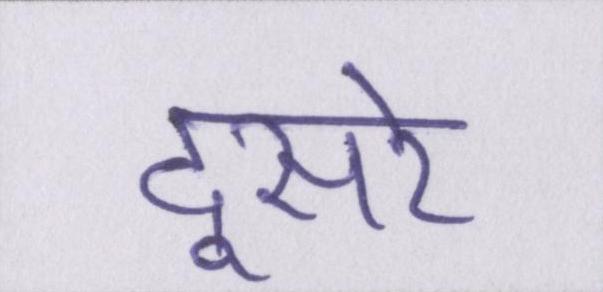
दूसरे